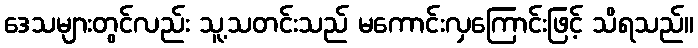
ဒေသများတွင်လည်း သူ့သတင်းသည် မကောင်းလှကြောင်းဖြင့် သိရသည်။